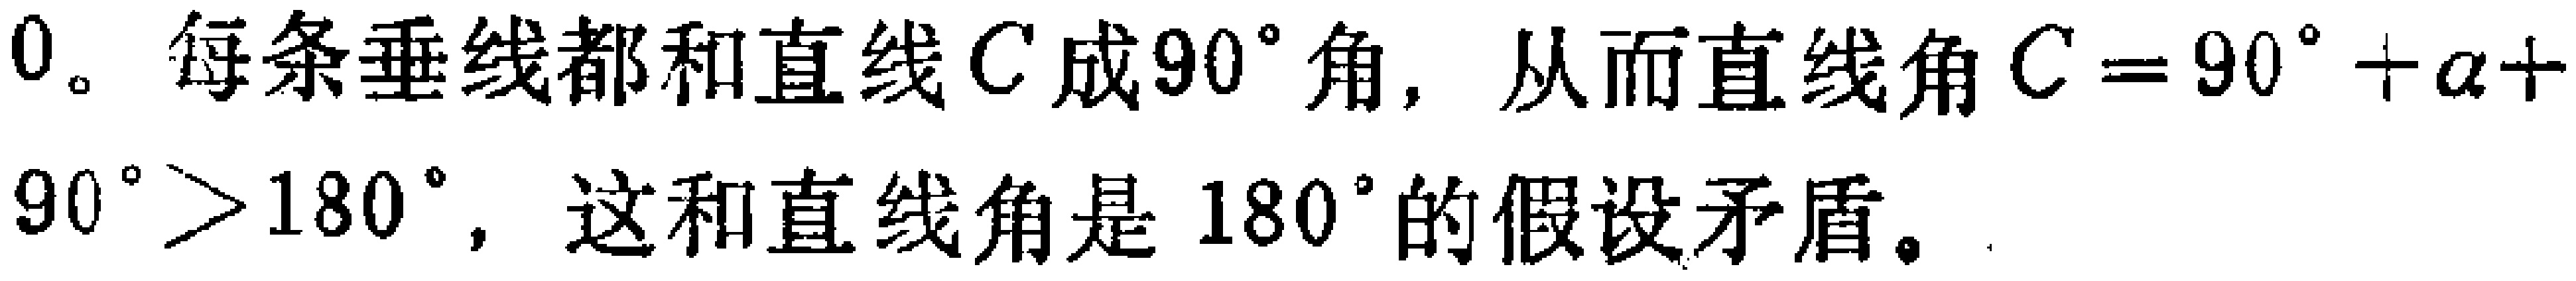
0。每条垂线都和直线$C$成$90^{\circ}$角，从而直线角$C = 90^{\circ}+\alpha + 90^{\circ}>180^{\circ}$，这和直线角是$180^{\circ}$的假设矛盾。